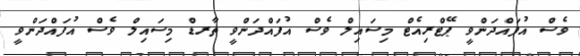
ވެސް އުފައްދަންވީ ޕޭޓްރިއެޓް މިސައިލް ވެސް އުފައްދަންވީ ތާރޑް މިސައިލް ވެސް އުފައްދަންވީ